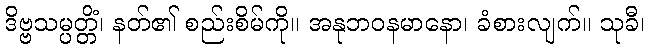
ဒိဗ္ဗသမ္ပတ္တိံ၊ နတ်၏ စည်းစိမ်ကို။ အနုဘဝနမာနော၊ ခံစားလျက်။ သုခီ၊